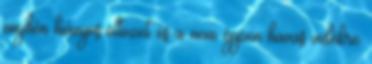
enyhén hiányos öltözet és a nem éppen havas vidékre